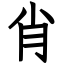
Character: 肖